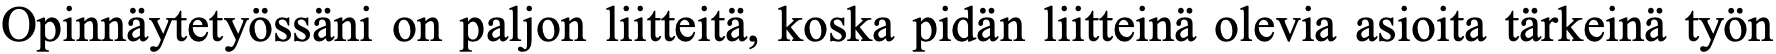
Opinnäytetyössäni on paljon liitteitä, koska pidän liitteinä olevia asioita tärkeinä työn